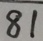
8 1